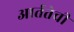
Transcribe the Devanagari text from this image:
आर्ततेची